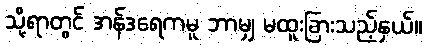
သို့ရာတွင် အန်ဒရေကမူ ဘာမျှ မထူးခြားသည့်နှယ်။